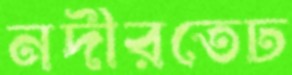
নদীরতেঢ